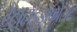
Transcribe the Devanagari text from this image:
टेट्राहाइड्रोफोलेट